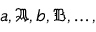
{ \mathfrak { a , A , b , B } } , \ldots ,